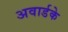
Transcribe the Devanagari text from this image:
अवार्डके